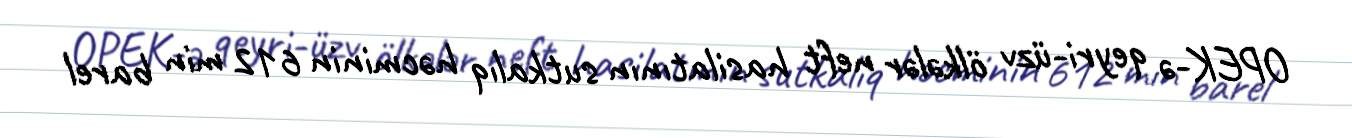
OPEK-ə qeyri-üzv ölkələr neft hasilatının sutkalıq həcminin 612 min barel